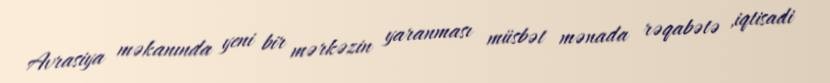
Avrasiya məkanında yeni bir mərkəzin yaranması müsbət mənada rəqabətə ,iqtisadi